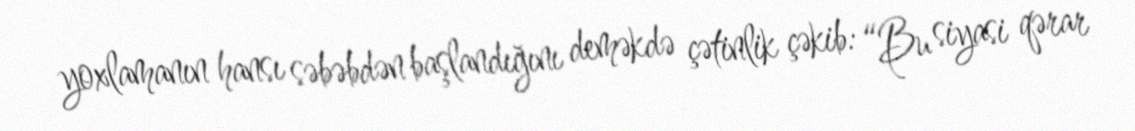
yoxlamanın hansı səbəbdən başlandığını deməkdə çətinlik çəkib: “Bu siyasi qərar